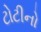
ટોટીનો